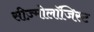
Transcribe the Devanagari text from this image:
सीज़्मोलॉजिस्ट